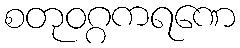
စတုဝဂ္ဂကရဏေ